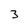
Character: 3